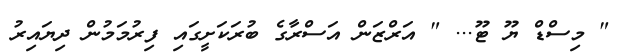
" މިސްޑް ޔޫ ޓޫ... " އަރްޒަން އަސްރާގެ ބުރަކަށީގައި ފިރުމަމުން ދިޔައިރު